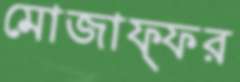
মোজাফ্ফর